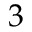
3